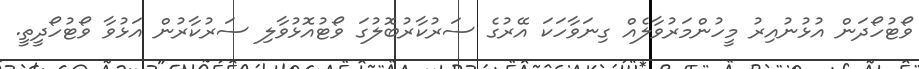
ވޯޓުހޯދަން އުޅުނުއިރު މީހުންމަރުވާލެއް ގިނަވާހަކަ އޭރުގެ ސަރުކާރުބޮލުގަ ވޯޓުއޮޅުވާލި ސަރުކާރުން އަޅުވާ ވޯޓުހޯދީތީ.